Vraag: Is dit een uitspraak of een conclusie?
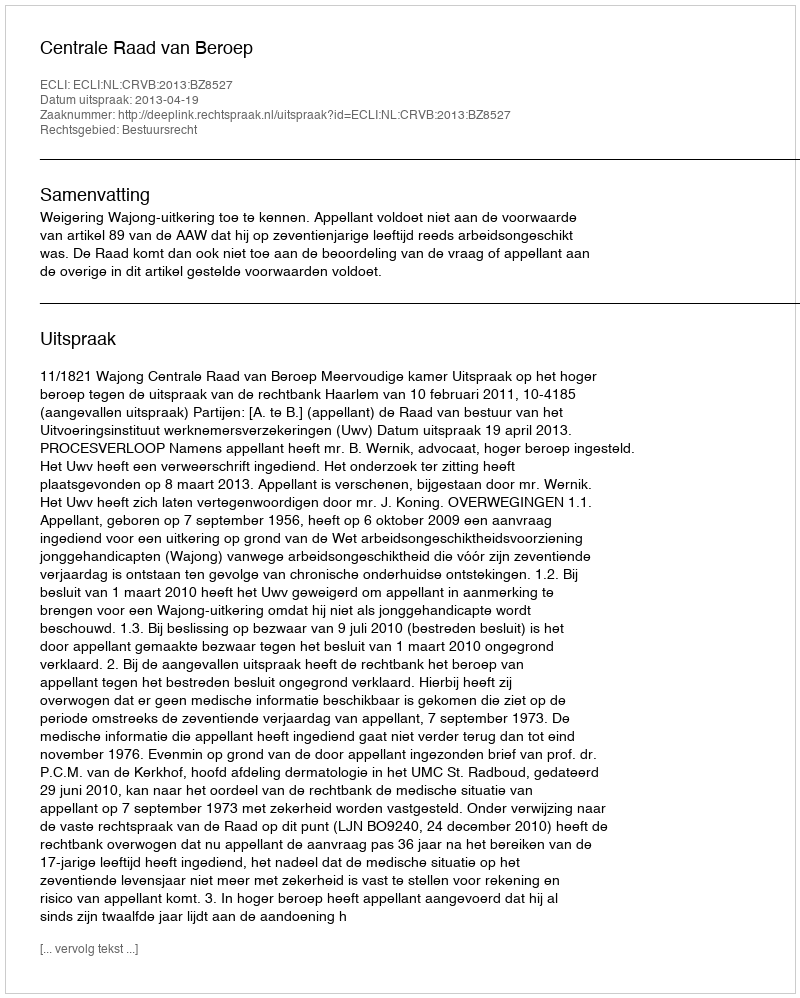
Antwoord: Uitspraak